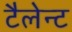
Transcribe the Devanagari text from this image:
टैलेन्ट